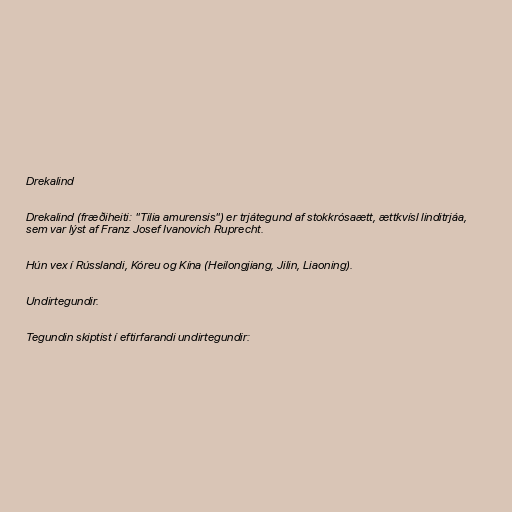
Drekalind

Drekalind (fræðiheiti: "Tilia amurensis") er trjátegund af stokkrósaætt, ættkvísl linditrjáa,
sem var lýst af Franz Josef Ivanovich Ruprecht.

Hún vex í Rússlandi, Kóreu og Kína (Heilongjiang, Jilin, Liaoning).

Undirtegundir.

Tegundin skiptist í eftirfarandi undirtegundir: